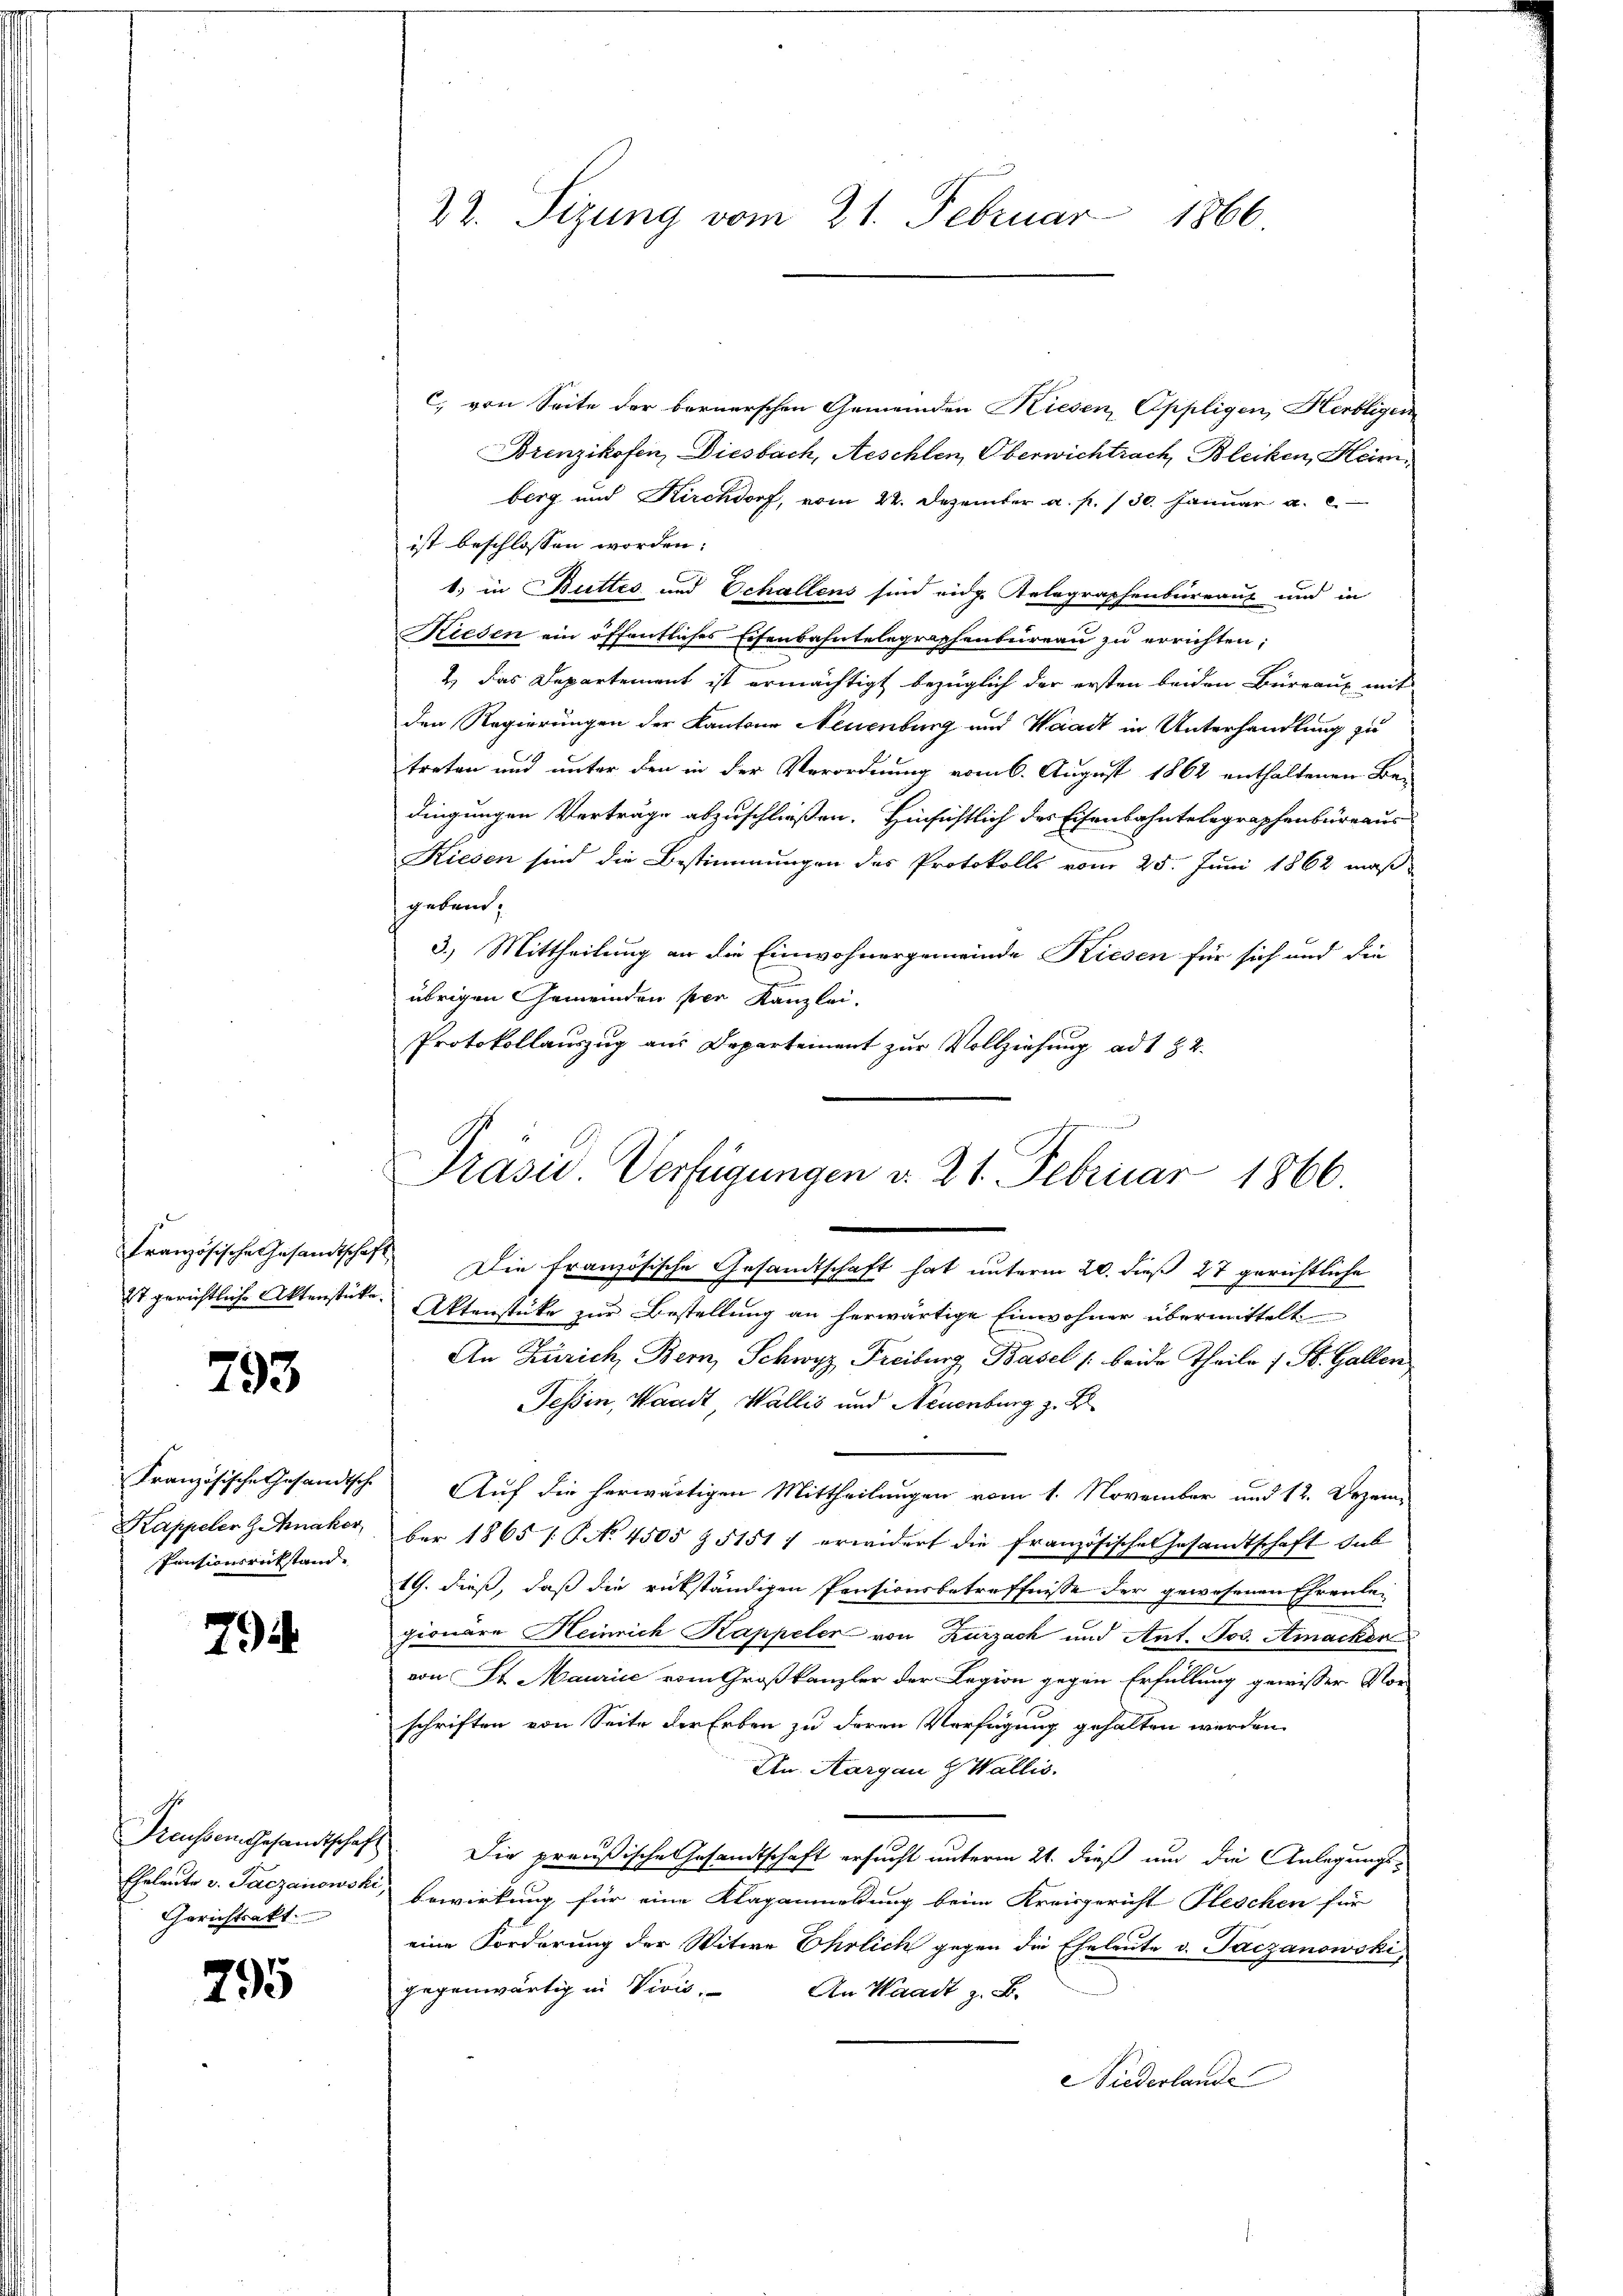
Französische Gesandtschaf
27 gerichtliche Aktenstücke

793

Französische Gesandtsche
Kappeler Zahnaker
Pensionsrückstand.

794.

Preussem Gesandtschaf
Eheleute v. Jaczanowsk
Gerichtsakt

795

22. Sizung vom 21. Februar 1866.

c) von Seite der bernerschen Gemeinden Kiesen Eppligen, Herbligen
Brinzikofen, Diesbach, Aeschlen, Oberwichtrach, Bleiken, Heim
berg und Kirchdorf, vom 22. Dezember a. f. 130. Januar a. e
ist beschlossen worden:
b. in Buttes und Schallens sind eidg. Telegraphenbureaus und in
Kiesen ein öffentliches Eisenbahntelegraphenbureau zu errichten:
2.) Das Departement ist ermächtigt bezüglich der ersten beiden Büreaux mit
den Regierungen der Kantone Neuenburg und Waadt in Unterhandlung zu
treten und unter den in der Verordnung vom 6. August 1862 enthaltenen Be-
dingungen Verträge abzuschließen. Hinsichtlich des Eisenbahntelegraphenbüreaus
Kiesen sind die Bestimmungen des Protokolls vom 25. Juni 1862 maß-
gebend,
3.) Mittheilung an die Einwohnergemeinde Kiesen für sich und die
übrigen Gemeinden per Kanzlei.
Protokollauszug aus Departement zur Vollziehung ad 1 § 2.
Die französische Gesandtschaft hat unterm 20. dieß 27 gerichtliche
Aktenstüke zur Bestellung an herwärtige Einwohner übermittelt
An Zürich Bern, Schwyz Freiburg, Basel /: beide Theile 1 St. Galler
Tessin, Waadt, Wallis und Neuenburg z. B.
Auf die herwärtigen Mittheilungen vom 1. November und 12. Dezember 1865 /: P. No. 4505 § 5151) erwidert die französische Gesandtschaft sub
19. dieß, daß die rückständigen Pensionsbetreffnisse der gewesenen Ehrenlei
pionare Heinrich Kappeler von Zurzach und Ant. Jos. Amacker
von St. Maurice vom Großkanzler der Legion gegen Erfüllung gewisser Noschriften von Seite der Erben zu deren Verfügung gehalten werden.
An. Aargau & Wallis.
Die preußische Gesandtschaft ersucht unterm 21. dieß und die Anlegungs-
bewirkung für eine Klaganmeldung beim Kreisgericht Pleschen für
eine Forderung der Witwe Ehrlich gegen die Eheleute v. Taczanowski
gegenwärtig in Vicis.
An Waadt z. B.
iederlande

Präsid. Verfügungen d. 21. Februar 1866